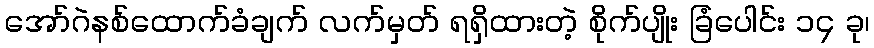
အော်ဂဲနစ်ထောက်ခံချက် လက်မှတ် ရရှိထားတဲ့ စိုက်ပျိုး ခြံပေါင်း ၁၄ ခု၊